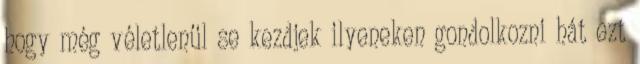
hogy még véletlenül se kezdjek ilyeneken gondolkozni hát ezt